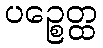
ပဉ္စေတ္ထ